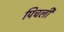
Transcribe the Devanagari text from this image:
पिचली